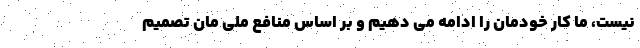
نیست، ما کار خودمان را ادامه می دهیم و بر اساس منافع ملی مان تصمیم